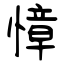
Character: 慞